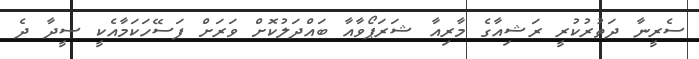
ސެރީނާ ދަތުރުކުރީ ރަޝިއާގެ މާރިއާ ޝަރަޕޯވާއާ ބައްދަލުކޮށް ވަރަށް ފަސޭހަކަމާއެކީ ސީދާ ދެ